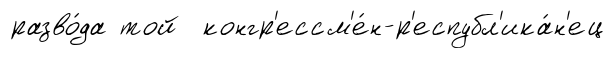
разво́да той конгр'ессм'е́н-р'еспубл'ика́н'ец